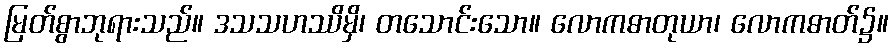
မြတ်စွာဘုရားသည်။ ဒသသဟဿိမှိ၊ တသောင်းသော။ လောကဓာတုယာ၊ လောကဓာတ်၌။